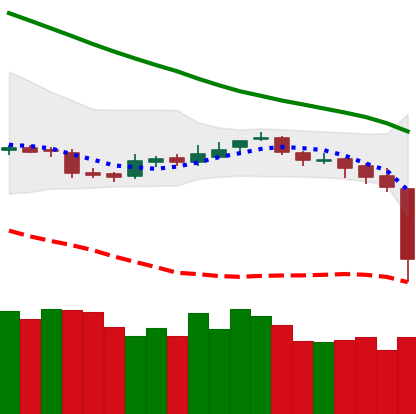
Ticker: BNB-USD
Chart end date: 2018-11-14
Forward return: -21.112%
Label: down_7plus